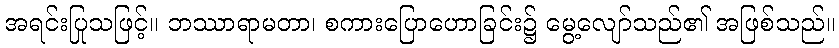
အရင်းပြုသဖြင့်။ ဘဿာရာမတာ၊ စကားပြောဟောခြင်း၌ မွေ့လျော်သည်၏ အဖြစ်သည်။